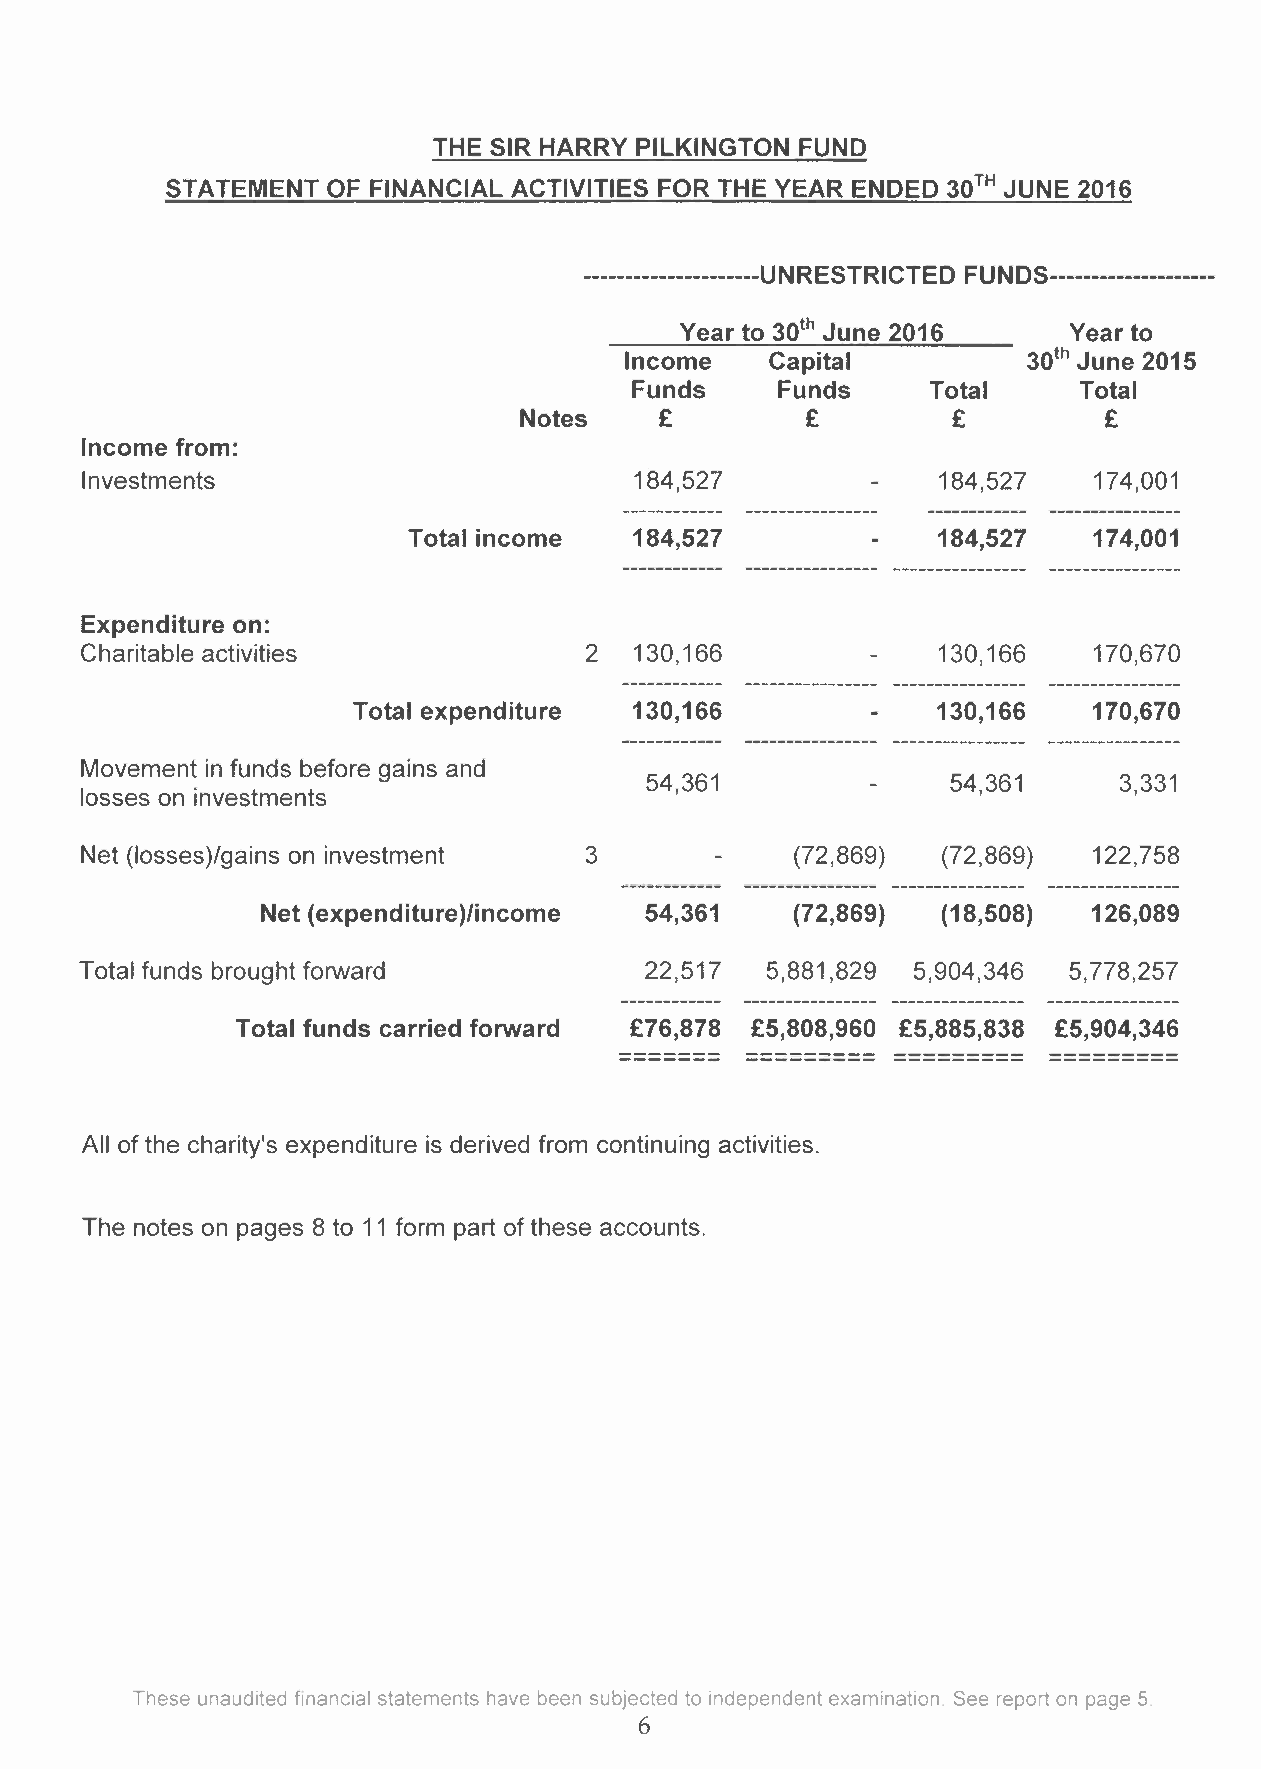
THE SIR HARRY PILKINGTON FUND
 STATEMENT  OF FINANCIAL ACTIVITIES FOR THE YEAR ENDED 30TH JUNE 2016
 ---------------------U N RESTRI CTE D F U N DS--------------------
 Year to 30 June 2016      Year to
 th
 Income    Capital          30 June 2015
 th
 Funds     Funds     Total     Total
 Notes     £        £         £         £
 Income from:
 Investments                          184,527             184,527   174,001
 Total income   184,527             184,527   174,001
 Expenditure on:
 Charitable activities             2  130,166             130,166   170,670
 Total expenditure  130,166             130,166   170,670
 Movement in funds before gains and
 54,361              54,361     3,331
 losses on investments
 Net (Iosses)/gains on investment  3             (72,869) (72,869)  122,758
 Net (expenditure)/income  54,361    (72,869) (18,508)  126,089
 Total funds brought forward           22,517  5,881,829 5,904,346 5,778,257
 Total funds carried forward £76,878 £5,808,960 £5,885,838 £5,904,346
 ========= ========= ------------------
 All of the charity's expenditure is derived from continuing activities.
 The notes on pages 8 to 11 form part of these accounts.
 These unaudited financial statements have been subjected to independent examination. See report on page 5.
 6